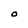
Character: O